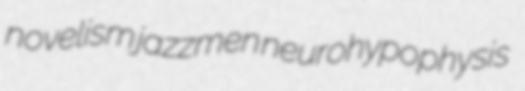
novelism jazzmen neurohypophysis